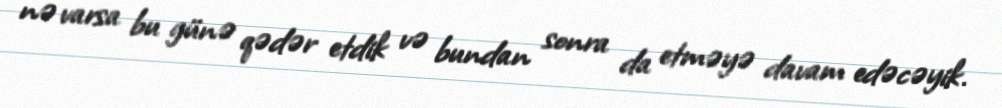
nə varsa bu günə qədər etdik və bundan sonra da etməyə davam edəcəyik.